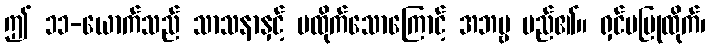
ဤ ၁၁-ယောက်သည် သာသနာနှင့် မထိုက်သောကြောင့် အဘဗ္ဗ မည်၏။ ရှင်မပြုထိုက်၊